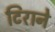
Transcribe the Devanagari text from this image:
टिराने